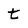
Character: t